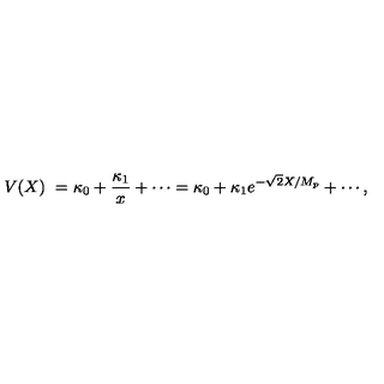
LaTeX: V ( X ) \ = \kappa _ { 0 } + { \frac { \kappa _ { 1 } } { x } } + \cdots = \kappa _ { 0 } + \kappa _ { 1 } e ^ { - \sqrt { 2 } X / M _ { p } } + \cdots ,